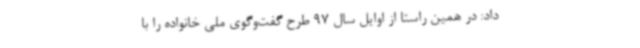
داد: در همین راستا از اوایل سال 97 طرح گفت‌وگوی ملی خانواده را با